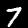
Label: 7